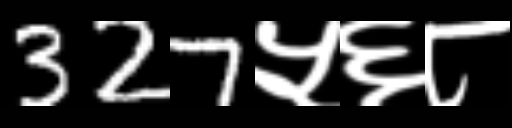
Text: 327५६८